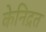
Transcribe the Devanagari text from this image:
केनिद्रत